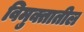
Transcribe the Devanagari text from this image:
विमुक्तातील